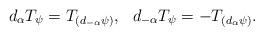
LaTeX: \begin{align*}d_{\alpha} T_{\psi} = T_{(d_{-\alpha} \psi)}, \ \ d_{-\alpha} T_{\psi} =-T_{(d_{\alpha} \psi)}.\end{align*}